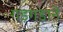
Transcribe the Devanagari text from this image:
गड़गड़ाने